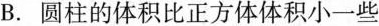
B.圆柱的体积比正方体体积小一些